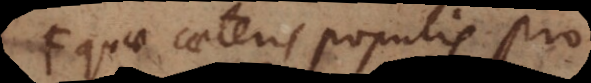
quae caeteris populis pro